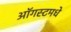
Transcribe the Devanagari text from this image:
ऑगस्टमधे